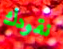
نقودك